Tartu_linnavalitsus, lk 8
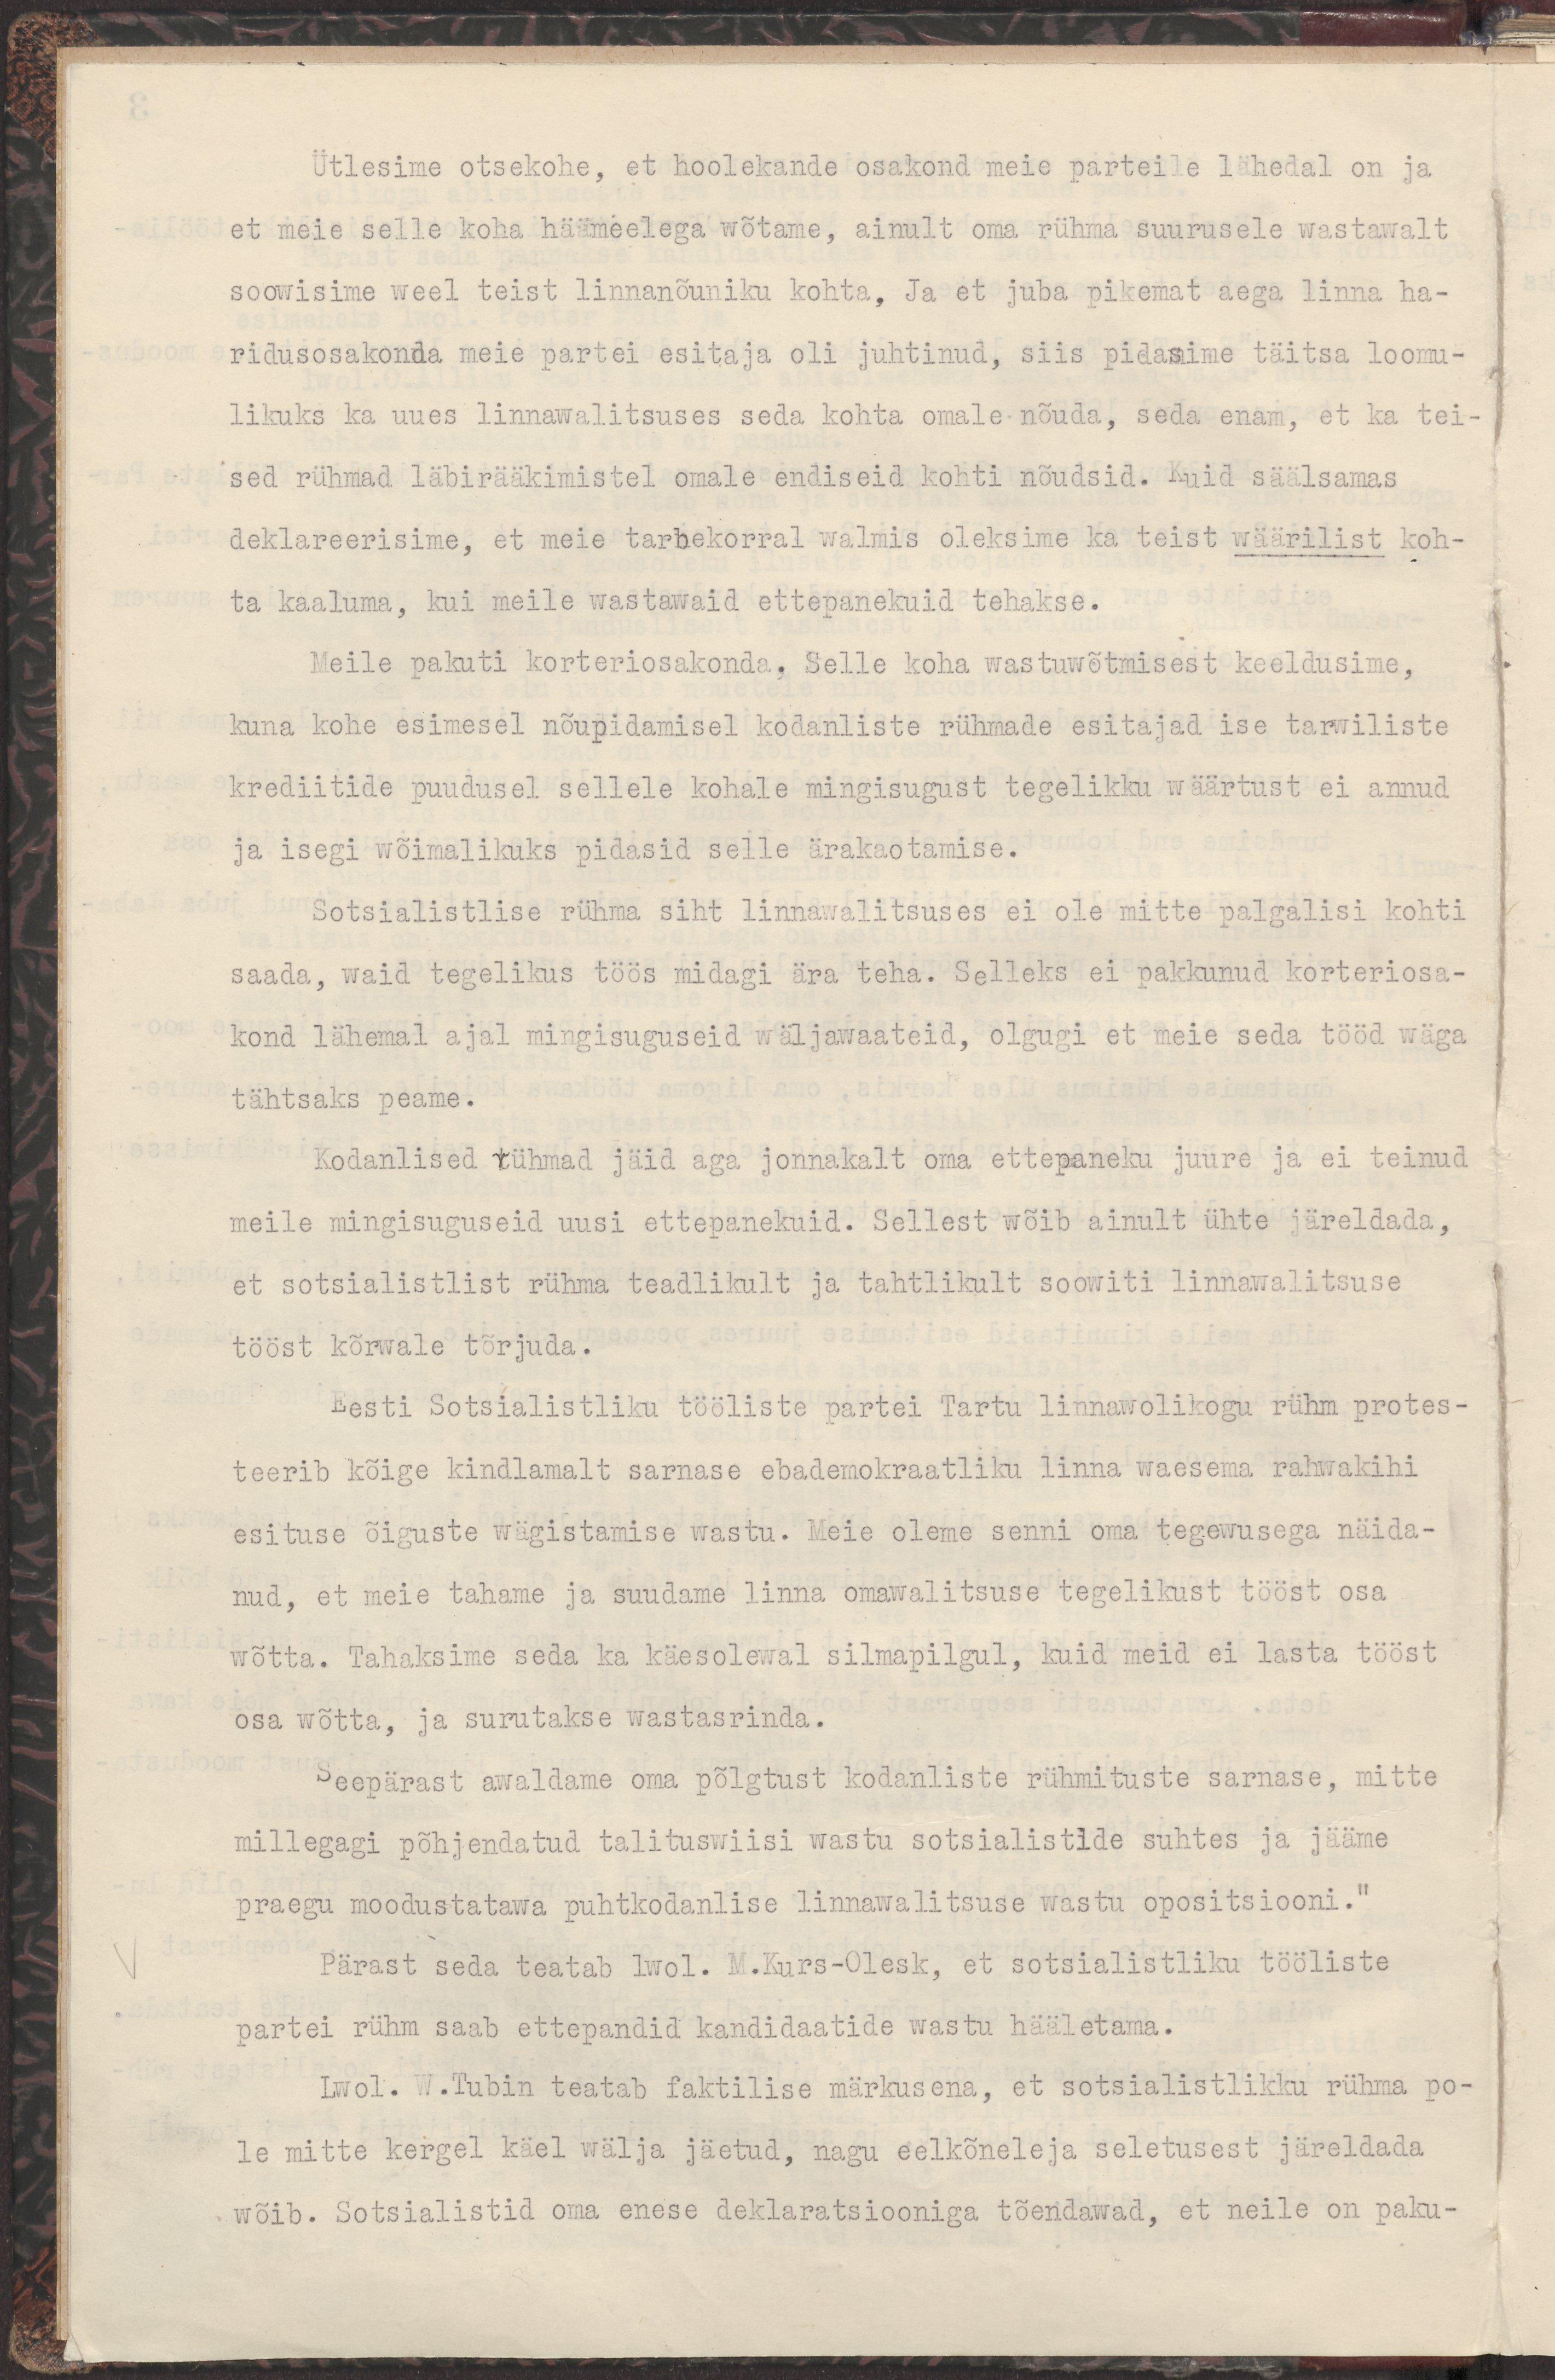
Ütlesime otsekohe, et hoolekande osakond meie parteile lähedal on ja 
et meie selle koha häämeelega wõtame, ainult oma rühma suurusele wastawalt
soowisime weel teist linnanõuniku kohta, Ja et juba pikemat aega linna ha-
ridusosakonda meie partei esitaja oli juhtinud, siis pidasime täitsa loomu-
likuks ka uues linnawalitsuses seda kohta omale nõuda, seda enam, et ka tei-
sed rühmad läbirääkimistel omale endiseid kohti nõudsid. Kuid säälsamas
deklareerisime, et meie tarbekorral walmis oleksime ka teist wäärilist koh-
ta kaaluma, kui meile wastawaid ettepanekuid tehakse.
Meile pakuti korteriosakonda. Selle koha wastuwõtmisest keeldusime,
kuna kohe esimesel nõupidamisel kodanliste rühmade esitajad ise tarwiliste
krediitide puudusel sellele kohale mingisugust tegelikku wäärtust ei annud
ja isegi wõimalikuks pidasid selle ärakaotamise. 
Sotsialistide rühma siht linnawalitsuses ei ole mitte palgalisi kohti 
saada, waid tegelikus töös midagi ära teha. Selleks ei pakkunud korteriosa-
kond lähemal ajal mingisuguseid wäljawaateid, olgugi et meie seda tööd wäga
täthtsaks peame.
Kodanlised rühmad jäid aga jonnakalt oma ettepaneku juure ja ei teinud
meile mingisuguseid uusi ettepanekuid. Sellest wõib ainult ühte järeldada,
et sotsialistlist rühma teadlikult ja tahtlikult soowiti linnawalitsuse 
tööst kõrwale tõrjuda
Eesti Sotsialistliku tööliste partei Tartu linnawolikogu rühm protes-
teerib kõige kindlamalt sarnase ebademokraatliku linna waesema rahwakihi
esituse õiguste wägistamise wastu. Meie oleme senni oma tegewusega näida-
nud, et meie tahame ja suudame linna omawalitsuse tegelikust tööst osa
wõtta. Tahaksime seda ka käesolewal silmapilgul, kui meid ei lasta tööst
osa wõtta, ja surutakse wastasrinda.
Seepärast awaldame oma põlgtust kodanliste rühmituste sarnase, mitte
millegagi põhjendatud talituswiisi wastu sotsialistide suhtes ja jääme
praegu moodustatawa puhtkodanlise linnawalitsuse wastu opositsiooni."
Pärast seda teatab lwol. M.Kurs-Olesk, et sotsialistliku tööliste
partei rühm saab ettepandid kandidaatide wastu hääletama.
Lwol. W.Tubin teatab faktilise märkusena, et sotsialistlikku rühma po-
le mitte kergel käel wälja jäetud, nagu eelkõneleja seletustest järeldada
wõib. Sotsialistid oma enese deklaratsiooniga tõendawad, et neil on paku-